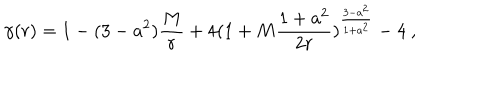
\gamma ( r ) = 1 - ( 3 - a ^ { 2 } ) { \frac { M } { r } } + 4 ( 1 + M { \frac { 1 + a ^ { 2 } } { 2 r } } ) ^ { \frac { 3 - a ^ { 2 } } { 1 + a ^ { 2 } } } - 4 \ ,